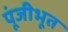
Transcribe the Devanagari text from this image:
पूंजीभूत